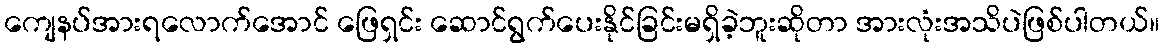
ကျေနပ်အားရလောက်အောင် ဖြေရှင်း ဆောင်ရွက်ပေးနိုင်ခြင်းမရှိခဲ့ဘူးဆိုတာ အားလုံးအသိပဲဖြစ်ပါတယ်။